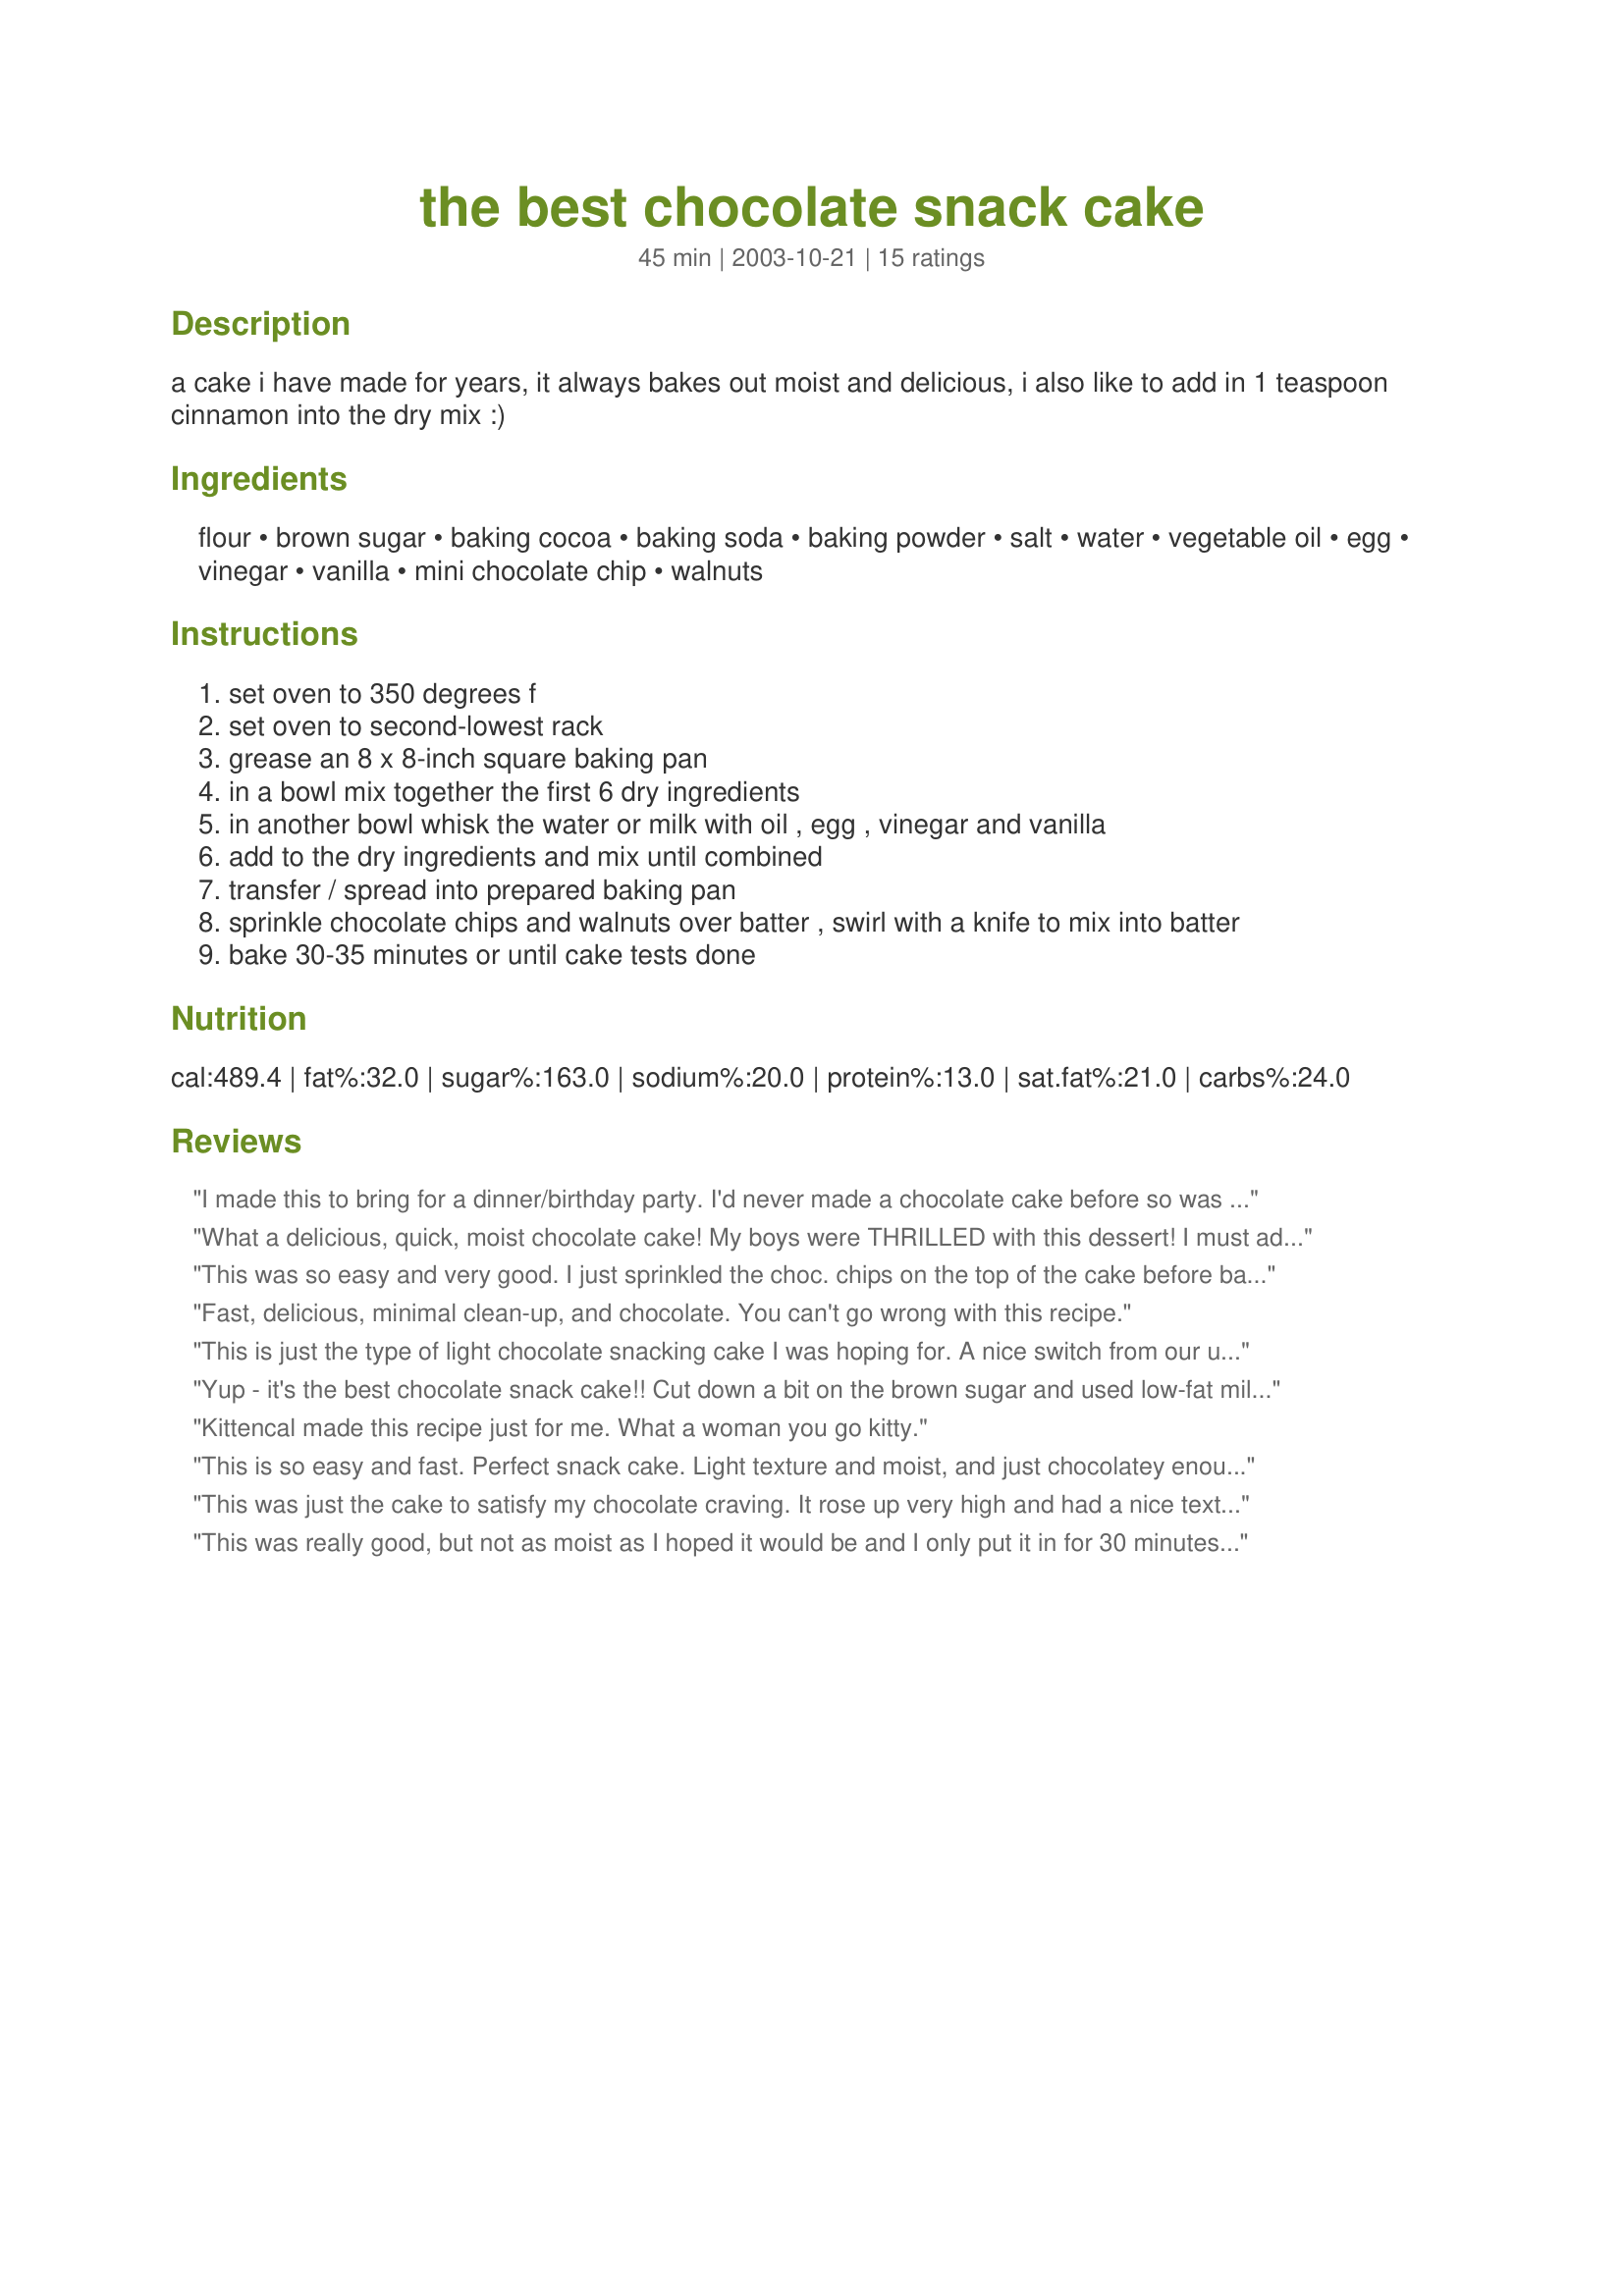
the best chocolate snack cake
Preparation time: 45 minutes

a cake i have made for years, it always bakes out moist and delicious, i also like to add in 1 teaspoon cinnamon into the dry mix :)

Ingredients:
flour, brown sugar, baking cocoa, baking soda, baking powder, salt, water, vegetable oil, egg, vinegar, vanilla, mini chocolate chip, walnuts

Steps:
set oven to 350 degrees f
set oven to second-lowest rack
grease an 8 x 8-inch square baking pan
in a bowl mix together the first 6 dry ingredients
in another bowl whisk the water or milk with oil , egg , vinegar and vanilla
add to the dry ingredients and mix until combined
transfer / spread into prepared baking pan
sprinkle chocolate chips and walnuts over batter , swirl with a knife to mix into batter
bake 30-35 minutes or until cake tests done

Reviews:
I made this to bring for a dinner/birthday party. I'd never made a chocolate cake before so was looking for a simple recipe. This was really easy and turned out really moist. I also added Chocolate Buttercream Frosting #44126 (as it was a special occasion). I was asked for the recipe so it must've been good!
What a delicious, quick, moist chocolate cake! My boys were THRILLED with this dessert! I must admit that I snuck a small piece immediately from the oven, and topped with a spoon of vanilla ice cream...it was out of this world! Then after it cooled we all had a piece, and it was just as delicious plain! I cut it into 16 squares, and we ate 8 of them last night. That means we get to eat the other half tonight!!!!! Greased the pan with recipe#78579, and it fell right out of the pan as soon as I turned it over. Thanks again Kitten!
This was so easy and very good. I just sprinkled the choc. chips on the top of the cake before baking but I didn't swirl them in so they stayed on top of the cake, which eliminated the need for frosting. It rose nice and evenly. I liked that this recipe made a smaller cake because I have a small family and it's a nice size for us. Thanks Kitten!
Fast, delicious, minimal clean-up, and chocolate. You can't go wrong with this recipe.
This is just the type of light chocolate snacking cake I was hoping for. A nice switch from our usual deep dark chocolate cakes, and the suggested cinnamon was a lovely touch....I cut the recipe in half and baked it in a 6-inch square pan for 23 minutes. It was perfect for the two of us and rather cute in its little pan. Next time, instead of swirling the nuts and chips into the batter I will press them in slightly. I found they were not as evenly distributed when I started out swirling with a knife--though no biggie. Very much enjoyed and will be making again! Thank you, Kittencal!
Yup - it's the best chocolate snack cake!! Cut down a bit on the brown sugar and used low-fat milk. Didn't add any walnuts. Brought this to the office and was gone within an hour - so I guess it means it is The BEST Chocolate Snack Cake! Thanks Kit! :)
Kittencal made this recipe just for me.
What a woman
you go kitty.
This is so easy and fast. Perfect snack cake. Light texture and moist, and just chocolatey enough. I will make this often because the ingredients are simple things that I always have on hand.
This was just the cake to satisfy my chocolate craving. It rose up very high and had a nice texture and great chocolate flavor. It was the right size for the two of us.
This was really good, but not as moist as I hoped it would be and I only put it in for 30 minutes. It does refrigerate really well though. I put the chocolate chips in the batter as opposed to on top of the batter, and I was able to mix it in much better that way.
Very tasty and very easy to make! Out of habit, I mixed the dry ingredients in a separate bowl, then added the wet before pouring the batter into the pan. I had just exactly 1/3 cup of the mini chocolate chips, and put them in the batter along with the nuts instead of putting them on top. I also happened to have chocolate milk on hand, so used 1/2 chocoate & 1/2 white milk for the liquid. The cake is nice & moist with a good texture. Hubby thinks it needs frosting, but I don't!! This was just the perfect size for the two of us ... thanks for posting, and I will be making this again. -M :-)
This is the easiest cake to throw together, and it's just so good, super moist with intense chocolate flavor, I mixed in the chocolate baking chips in the batter, everything is mixed in one bowl, how could it get any easier than this! a super wonderful cake recipe, thank you Kitty.
Changing this to 5 stars from 4-- I will make it again for sure, a really good one, maybe better the day after.----
Really good and easy to make with things you have in the house. Next time I wouldn't mix it directly in the square pan, I would do it in the bowl, it would be easier, even if you have to wash a bowl. Nice basic snack cake with a very nice texture. Watch the time mine took less than 30 minutes.
this looked and tasted so promising but somewhere I must've made a major blunder for it to have turned out the way it did. first off I added only one egg as per the recipe but considering that the size of my egg was small I should've used two. Next, since my 4 year old was helping me with the baking we ended up overmixing the batter. anyway the finished product was very dense and chewy to the point of being rubbery. It was also very, very heavy to the point of nauseating me when I had a slice. Maybe I'll use water or skimmed milk next time instead of full cream milk. Having firm faith in Kitten's recipes as absolutely fool proof I will definitely try it again. It had too much promise to be passed up just like that.
Great for a quick chocolate fix. Went together very quickly.
